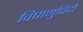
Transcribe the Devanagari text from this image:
विषाणुविदों